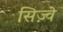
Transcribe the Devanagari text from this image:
सिज़्वे